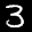
Label: 3